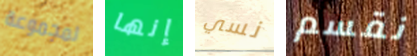
لمجموعة إنها نسي نقسم